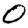
Digit: 0